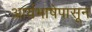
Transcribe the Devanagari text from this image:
आर्यभाषेपासून